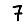
Digit: 7